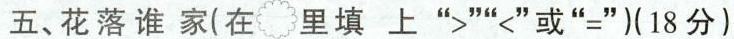
五、花落谁家(在里填上“>”“<”或“=”)(18分)